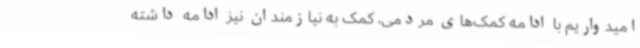
امیدواریم با ادامه کمک‌های مردمی، کمک به نیازمندان نیز ادامه داشته